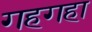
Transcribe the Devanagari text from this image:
गहगहा